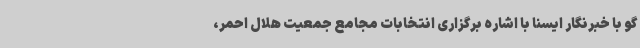
گو با خبرنگار ایسنا با اشاره برگزاری انتخابات مجامع جمعیت هلال احمر،